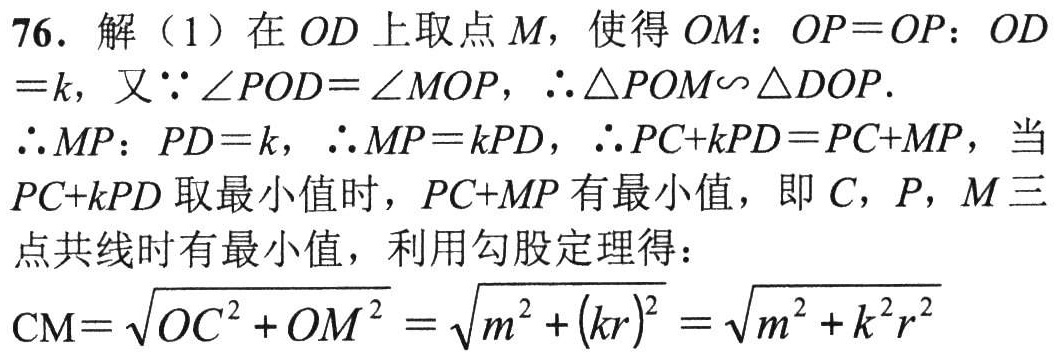
76. 解（1）在 \(OD\) 上取点 \(M\)，使得 \(OM:OP = OP:OD=k\)，又\(\because\angle POD = \angle MOP\)，\(\therefore\triangle POM\sim\triangle DOP\).
\(\therefore MP:PD = k\)，\(\therefore MP = kPD\)，\(\therefore PC + kPD=PC + MP\)，当 \(PC + kPD\) 取最小值时，\(PC + MP\) 有最小值，即 \(C\)，\(P\)，\(M\) 三点共线时有最小值，利用勾股定理得：
\(CM=\sqrt{OC^{2}+OM^{2}}=\sqrt{m^{2}+(kr)^{2}}=\sqrt{m^{2}+k^{2}r^{2}}\)